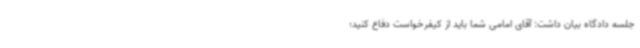
جلسه دادگاه بیان داشت: آقای امامی شما باید از کیفرخواست دفاع کنید؛